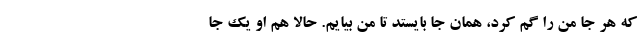
که هر جا من را گم کرد، همان جا بایستد تا من بیایم. حالا هم او یک جا